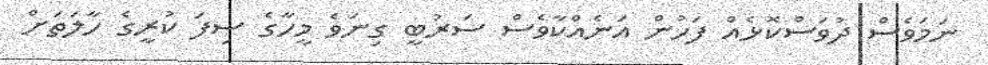
ނަމަވެސް ދުވަސްކޮޅެއް ފަހުން އަނެއްކާވެސް ސަރުބީ ގިނަވެ މީހާގެ ސިފަ ކުރީގެ ހާލަތަށް